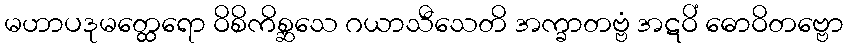
မဟာပဒုမတ္ထေရော ဝိစိကိစ္ဆသေ ဂယာသီသေတိ အက္ခာတဗ္ဗံ အဋဝိံ ဓောဝိတဗ္ဗော